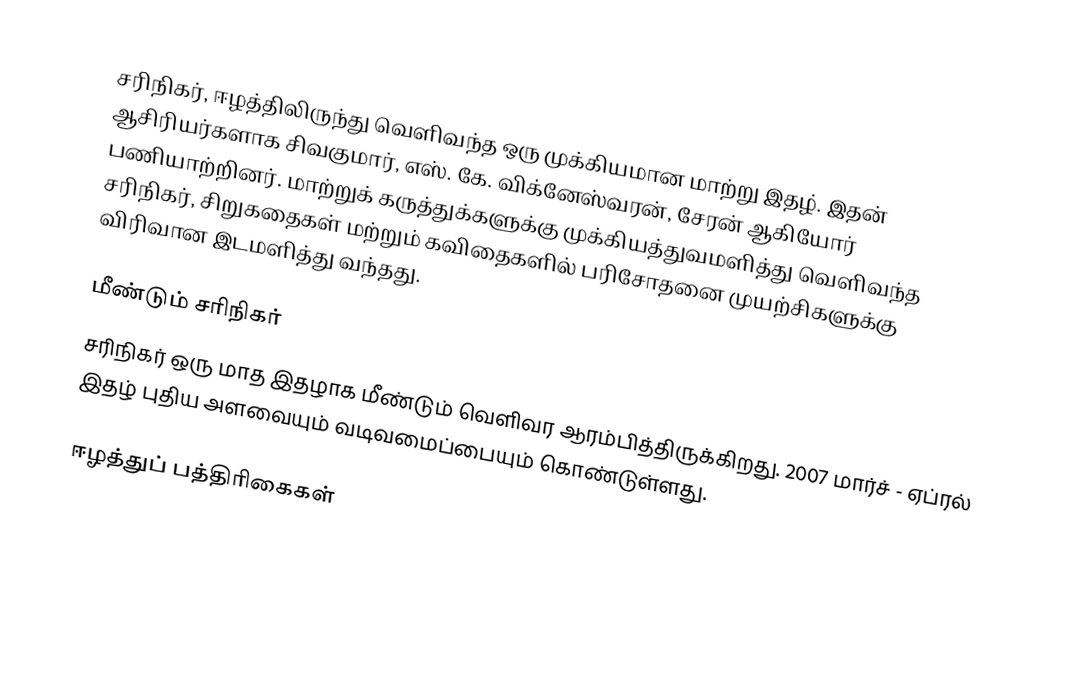
சரிநிகர், ஈழத்திலிருந்து வெளிவந்த ஒரு முக்கியமான மாற்று இதழ். இதன் ஆசிரியர்களாக சிவகுமார், எஸ். கே. விக்னேஸ்வரன், சேரன் ஆகியோர் பணியாற்றினர். மாற்றுக் கருத்துக்களுக்கு முக்கியத்துவமளித்து வெளிவந்த சரிநிகர், சிறுகதைகள் மற்றும் கவிதைகளில் பரிசோதனை முயற்சிகளுக்கு விரிவான இடமளித்து வந்தது.

மீண்டும் சரிநிகர்
சரிநிகர் ஒரு மாத இதழாக மீண்டும் வெளிவர ஆரம்பித்திருக்கிறது. 2007 மார்ச் - ஏப்ரல் இதழ் புதிய அளவையும் வடிவமைப்பையும் கொண்டுள்ளது.

ஈழத்துப் பத்திரிகைகள்